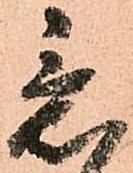
意